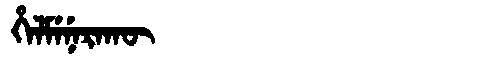
Manchu: ᡥᡝᠯᠮᡝᠨᡝᡵᠠᡴᡡ
Romanization: HELMENERAKŪ